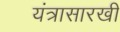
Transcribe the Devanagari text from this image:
यंत्रासारखी